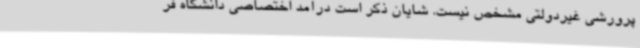
پرورشی غیردولتی مشخص نیست. شایان ذکر است درآمد اختصاصی دانشگاه فر